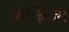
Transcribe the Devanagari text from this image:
सोश्लिज़्म